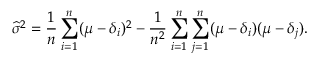
{ \widehat { \sigma } } ^ { 2 } = { \frac { 1 } { n } } \sum _ { i = 1 } ^ { n } ( \mu - \delta _ { i } ) ^ { 2 } - { \frac { 1 } { n ^ { 2 } } } \sum _ { i = 1 } ^ { n } \sum _ { j = 1 } ^ { n } ( \mu - \delta _ { i } ) ( \mu - \delta _ { j } ) .